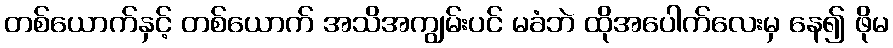
တစ်ယောက်နှင့် တစ်ယောက် အသိအကျွမ်းပင် မခံဘဲ ထိုအပေါက်လေးမှ နေ၍ ဖိုမ